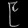
Digit: ၉